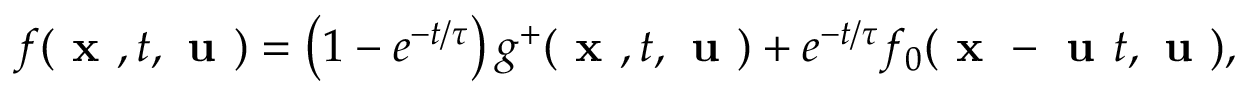
f ( \textbf { x } , t , \textbf { u } ) = \left( 1 - e ^ { - t / \tau } \right) g ^ { + } ( \textbf { x } , t , \textbf { u } ) + e ^ { - t / \tau } f _ { 0 } ( \textbf { x } - \textbf { u } t , \textbf { u } ) ,